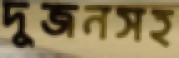
দুজনসহ